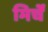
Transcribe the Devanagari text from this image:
मिर्चें